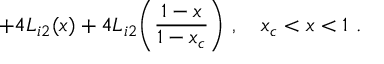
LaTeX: + 4 L _ { i 2 } ( x ) + 4 L _ { i 2 } \biggl ( \frac { 1 - x } { 1 - x _ { c } } \biggr ) \ , \quad x _ { c } < x < 1 \ .